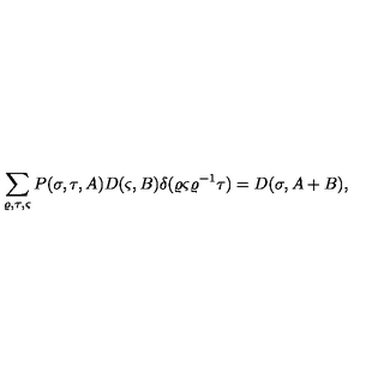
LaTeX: \sum _ { \varrho , \tau , \varsigma } P ( \sigma , \tau , A ) D ( \varsigma , B ) \delta ( \varrho \varsigma \varrho ^ { - 1 } \tau ) = D ( \sigma , A + B ) ,